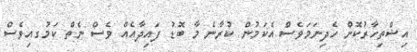
އިޝްތިހާރުކޮށް ހެދިނަމަވެސް އެކަމުން ކުރާނެ މާ ބޮޑު ފައިދާއެއް ވެސް ނެތް ކަމުގއިވެސް